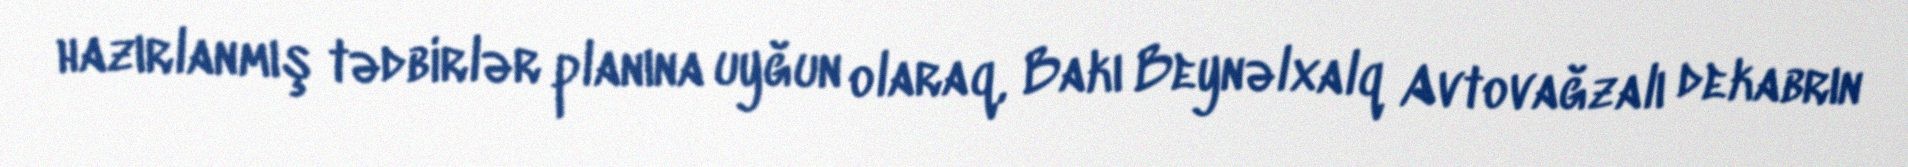
hazırlanmış tədbirlər planına uyğun olaraq, Bakı Beynəlxalq Avtovağzalı dekabrın